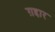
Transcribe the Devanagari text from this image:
ग़द्दार